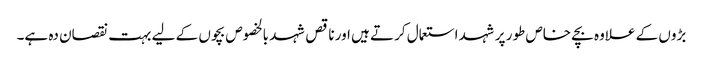
بڑوں کے علاوہ بچے خاص طور پر شہد استعمال کرتے ہیں اور ناقص شہد بالخصوص بچوں کے لیے بہت نقصان دہ ہے۔